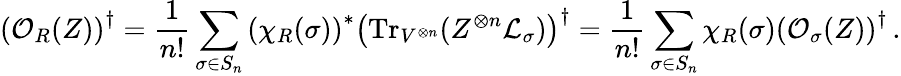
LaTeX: \left(\mathcal{O}_{R}(Z)\right)^{\dagger}=\frac{1}{n!}\sum_{\sigma\in S_{n}}\left(\chi_{R}(\sigma)\right)^{*}\left(\mathrm{Tr}_{V^{\otimes n}}(Z^{\otimes n}\mathcal{L}_{\sigma})\right)^{\dagger}=\frac{1}{n!}\sum_{\sigma\in S_{n}}\chi_{R}(\sigma)\left(\mathcal{O}_{\sigma}(Z)\right)^{\dagger}\, .